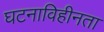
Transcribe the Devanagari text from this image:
घटनाविहीनता